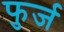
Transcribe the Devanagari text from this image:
फुर्ज